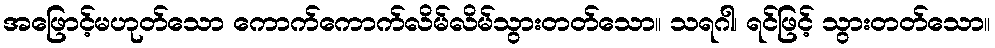
အဖြောင့်မဟုတ်သော ကောက်ကောက်လိမ်လိမ်သွားတတ်သော။ သရဂါ၊ ရင်ဖြင့် သွားတတ်သော။